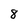
Character: 8